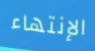
الإنتهاء